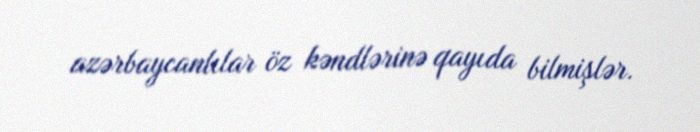
azərbaycanlılar öz kəndlərinə qayıda bilmişlər.